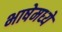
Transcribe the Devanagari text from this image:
भाषेमध्‍ये